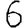
Digit: 6